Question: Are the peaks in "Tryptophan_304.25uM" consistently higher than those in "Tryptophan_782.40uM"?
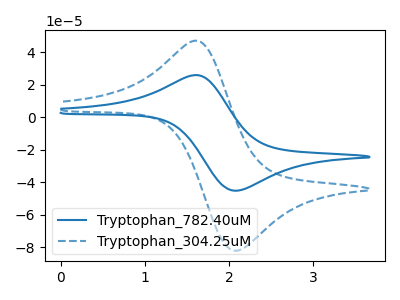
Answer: <think>The blue curve "Tryptophan_782.40uM" has an anodic peak at (1.65V, 25.85uA) and a cathodic peak at (2.10V, -45.20uA). The blue dashed curve "Tryptophan_304.25uM" has an anodic peak at (1.65V, 46.95uA) and a cathodic peak at (2.10V, -82.15uA).</think>
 <answer>Every peak in "Tryptophan_304.25uM" is higher than every peak in "Tryptophan_782.40uM".</answer>
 <eval>higher</eval>